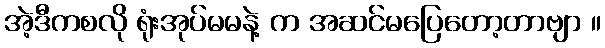
အဲ့ဒီကစလို ရုံးအုပ်မမနဲ့ က အဆင်မပြေတော့တာဗျာ ။